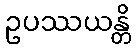
ဥပဿယန္တိ